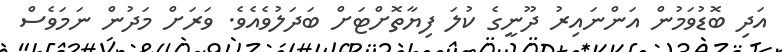
އަދި ބޮޑުވަމުން އަންނައިރު ދޫނީގެ ކުލަ ފިޔާތޮށްޓަށް ބަދަލުވެއެވެ. ވަރަށް މަދުން ނަމަވެސް